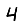
Digit: 4